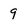
Character: 9